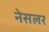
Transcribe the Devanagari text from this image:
नेसलर